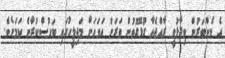
އެ މެންބަރުން ވިދާޅުވީ ރާއްޖެއާ ގުޅޭގޮތުން ވަރަށް އަވަހަށް މަޖިލީހުގައި ބަހުސްކުރާނެ ކަމަށެވެ.